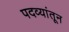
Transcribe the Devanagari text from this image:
पदव्यांतून